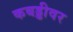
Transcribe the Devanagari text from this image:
कबड्डीवर